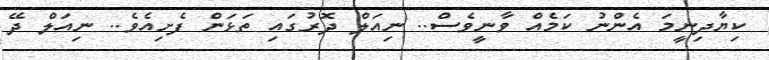
ކިޔާދިނީމަ އެންނު ކަމެއް ވާނީވެސް.. ނިއަލް ދޮރުގައި ތަޅަން ފެށިއެވެ.. ނިއަލް ދޭ